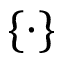
\{ \cdot \}